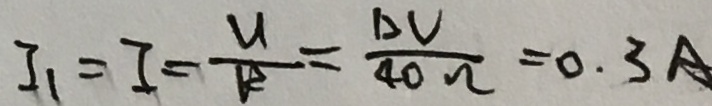
I _ { 1 } = I = \frac { U } { R } = \frac { 1 2 V } { 4 0 \Omega } = 0 . 3 A